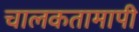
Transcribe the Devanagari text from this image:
चालकतामापी